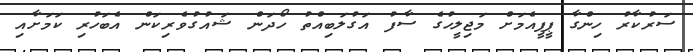
ސަރުކާރު ހިންގާ ޕީޕީއެމަށް މަޖިލީހުގެ ސާފު އަގުލަބިއްތު ހޯދަން ޝައުގުވެރިކަން އެބަހުރި ކަމަށާއި